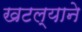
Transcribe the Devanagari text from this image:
खटल्याने